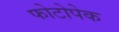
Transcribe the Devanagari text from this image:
फोटोपेक